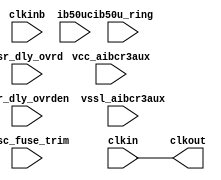
// SPDX-License-Identifier: Apache-2.0
// Copyright (C) 2019 Intel Corporation. 
// Library - aibcr3aux_lib, Cell - aibcr3aux_outclkdly, View - schematic
// LAST TIME SAVED: Mar 20 15:24:37 2015
// NETLIST TIME: Mar 20 23:46:52 2015

`ifdef TIMESCALE_EN
`timescale 1ps/1ps
`endif

module aibcr3aux_outclkdly
#(
 parameter PERIOD = 500
)
(
output clkout,

input  clkin, clkinb, csr_dly_ovrden, ib50u_ring, ib50uc, vcc_aibcr3aux,
     vssl_aibcr3aux,

input [9:0]  iosc_fuse_trim,
input [3:0]  csr_dly_ovrd

//wire net033 , vssl , nbias , vbias , net032 , nocon0
);



assign #PERIOD clkout =  clkin;

endmodule